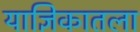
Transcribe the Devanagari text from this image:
याज्ञिकातला